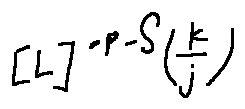
[ L ] ^ { - p - S } ( \frac { k } { j } )